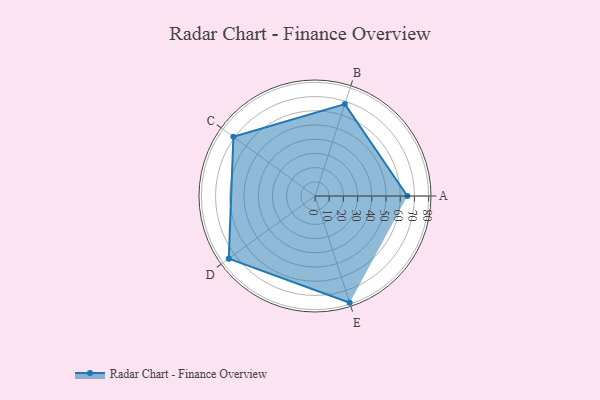
{"axis": {"x": "Skill", "y": "Score"}, "legend": ["Profile"], "data": [{"x": "A", "y": 65.0, "type": "Profile"}, {"x": "B", "y": 68.0, "type": "Profile"}, {"x": "C", "y": 71.0, "type": "Profile"}, {"x": "D", "y": 75.0, "type": "Profile"}, {"x": "E", "y": 79.0, "type": "Profile"}]}